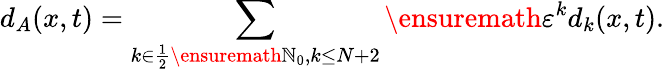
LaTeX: d_{A}(x,t)=\sum_{k\in\frac 12\ensuremath{\mathbb{N}}_{0},k\leq N+2}\ensuremath{\varepsilon}^{k}d_{k}(x,t).